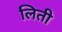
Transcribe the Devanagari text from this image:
लिती